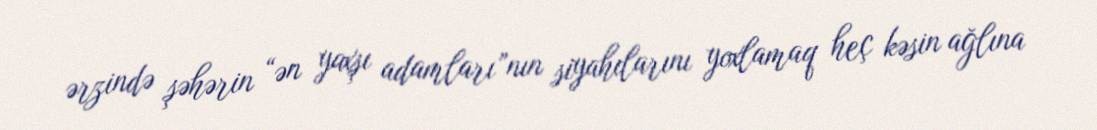
ərzində şəhərin “ən yaxşı adamları”nın siyahılarını yoxlamaq heç kəsin ağlına